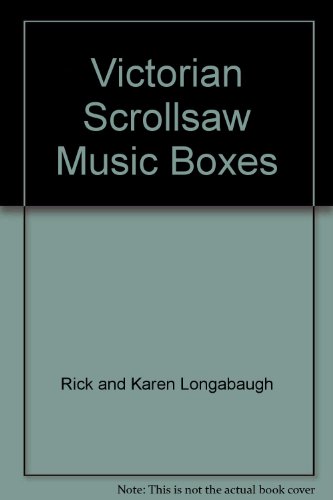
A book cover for Victorian Scrollsaw Music Boxes: Create 58 Heirloom Quality Keepsakes; Rick and Karen Longabaugh; Crafts, Hobbies & Home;